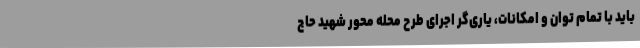
باید با تمام توان و امکانات، یاری‌گر اجرای طرح محله محور شهید حاج